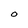
Character: O